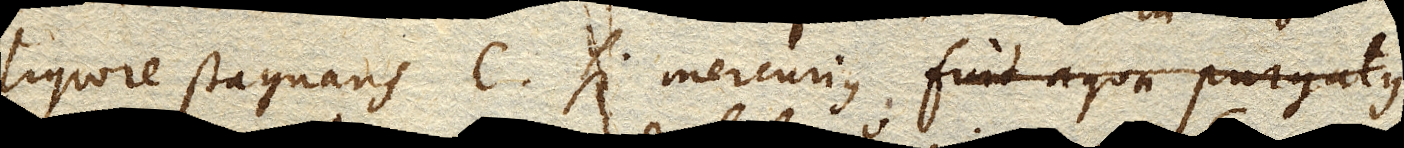
liquore stagnans C. Si Mercuriusfuit aqua purgatus